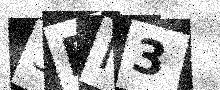
Text: 3EI3